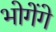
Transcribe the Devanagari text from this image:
भोगेंगे